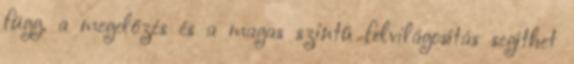
függ, a megelőzés és a magas szintű felvilágosítás segíthet